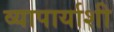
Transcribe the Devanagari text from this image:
व्यापार्याशी